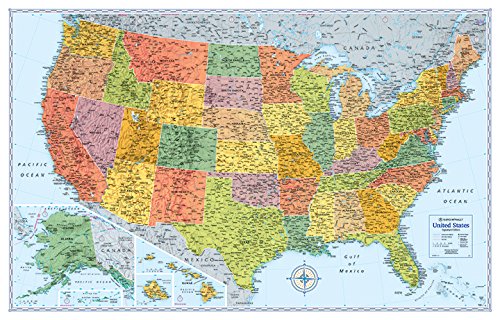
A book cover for Rand McNally Signature Map of the United States; Rand McNally; Reference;